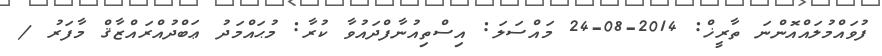
ފުވައްމުލައްއޮންނަ ތާރީޚް: 2014-08-24 މައްސަލަ: އިސްތިއުނާފްދައުވާ ކުރާ: މުޙައްމަދު ޢަބްދުއްރައްޒާޤް މާފަރު /